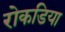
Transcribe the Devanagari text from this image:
रोकडिया